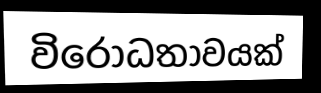
විරෝධතාවයක්